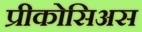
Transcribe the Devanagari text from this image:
प्रीकोसिअस